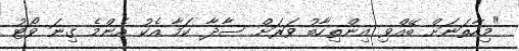
"މިހާތަނަށް ބޭއްވި އިންތިހާބު ވަރަށް ސާދާ ކަމާ އެކު އެންމެ ގިނަ ވޯޓު